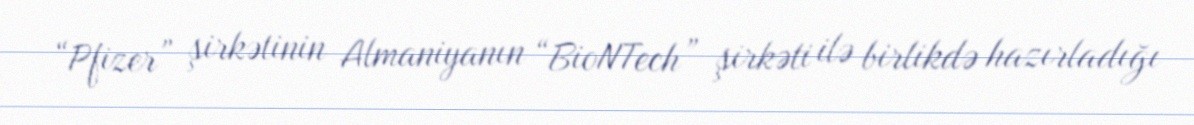
“Pfizer” şirkətinin Almaniyanın “BioNTech” şirkəti ilə birlikdə hazırladığı